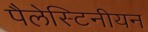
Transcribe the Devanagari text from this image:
पैलेस्टिनीयन